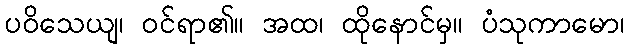
ပဝိသေယျ၊ ဝင်ရာ၏။ အထ၊ ထိုနောင်မှ။ ပံသုကာမော၊